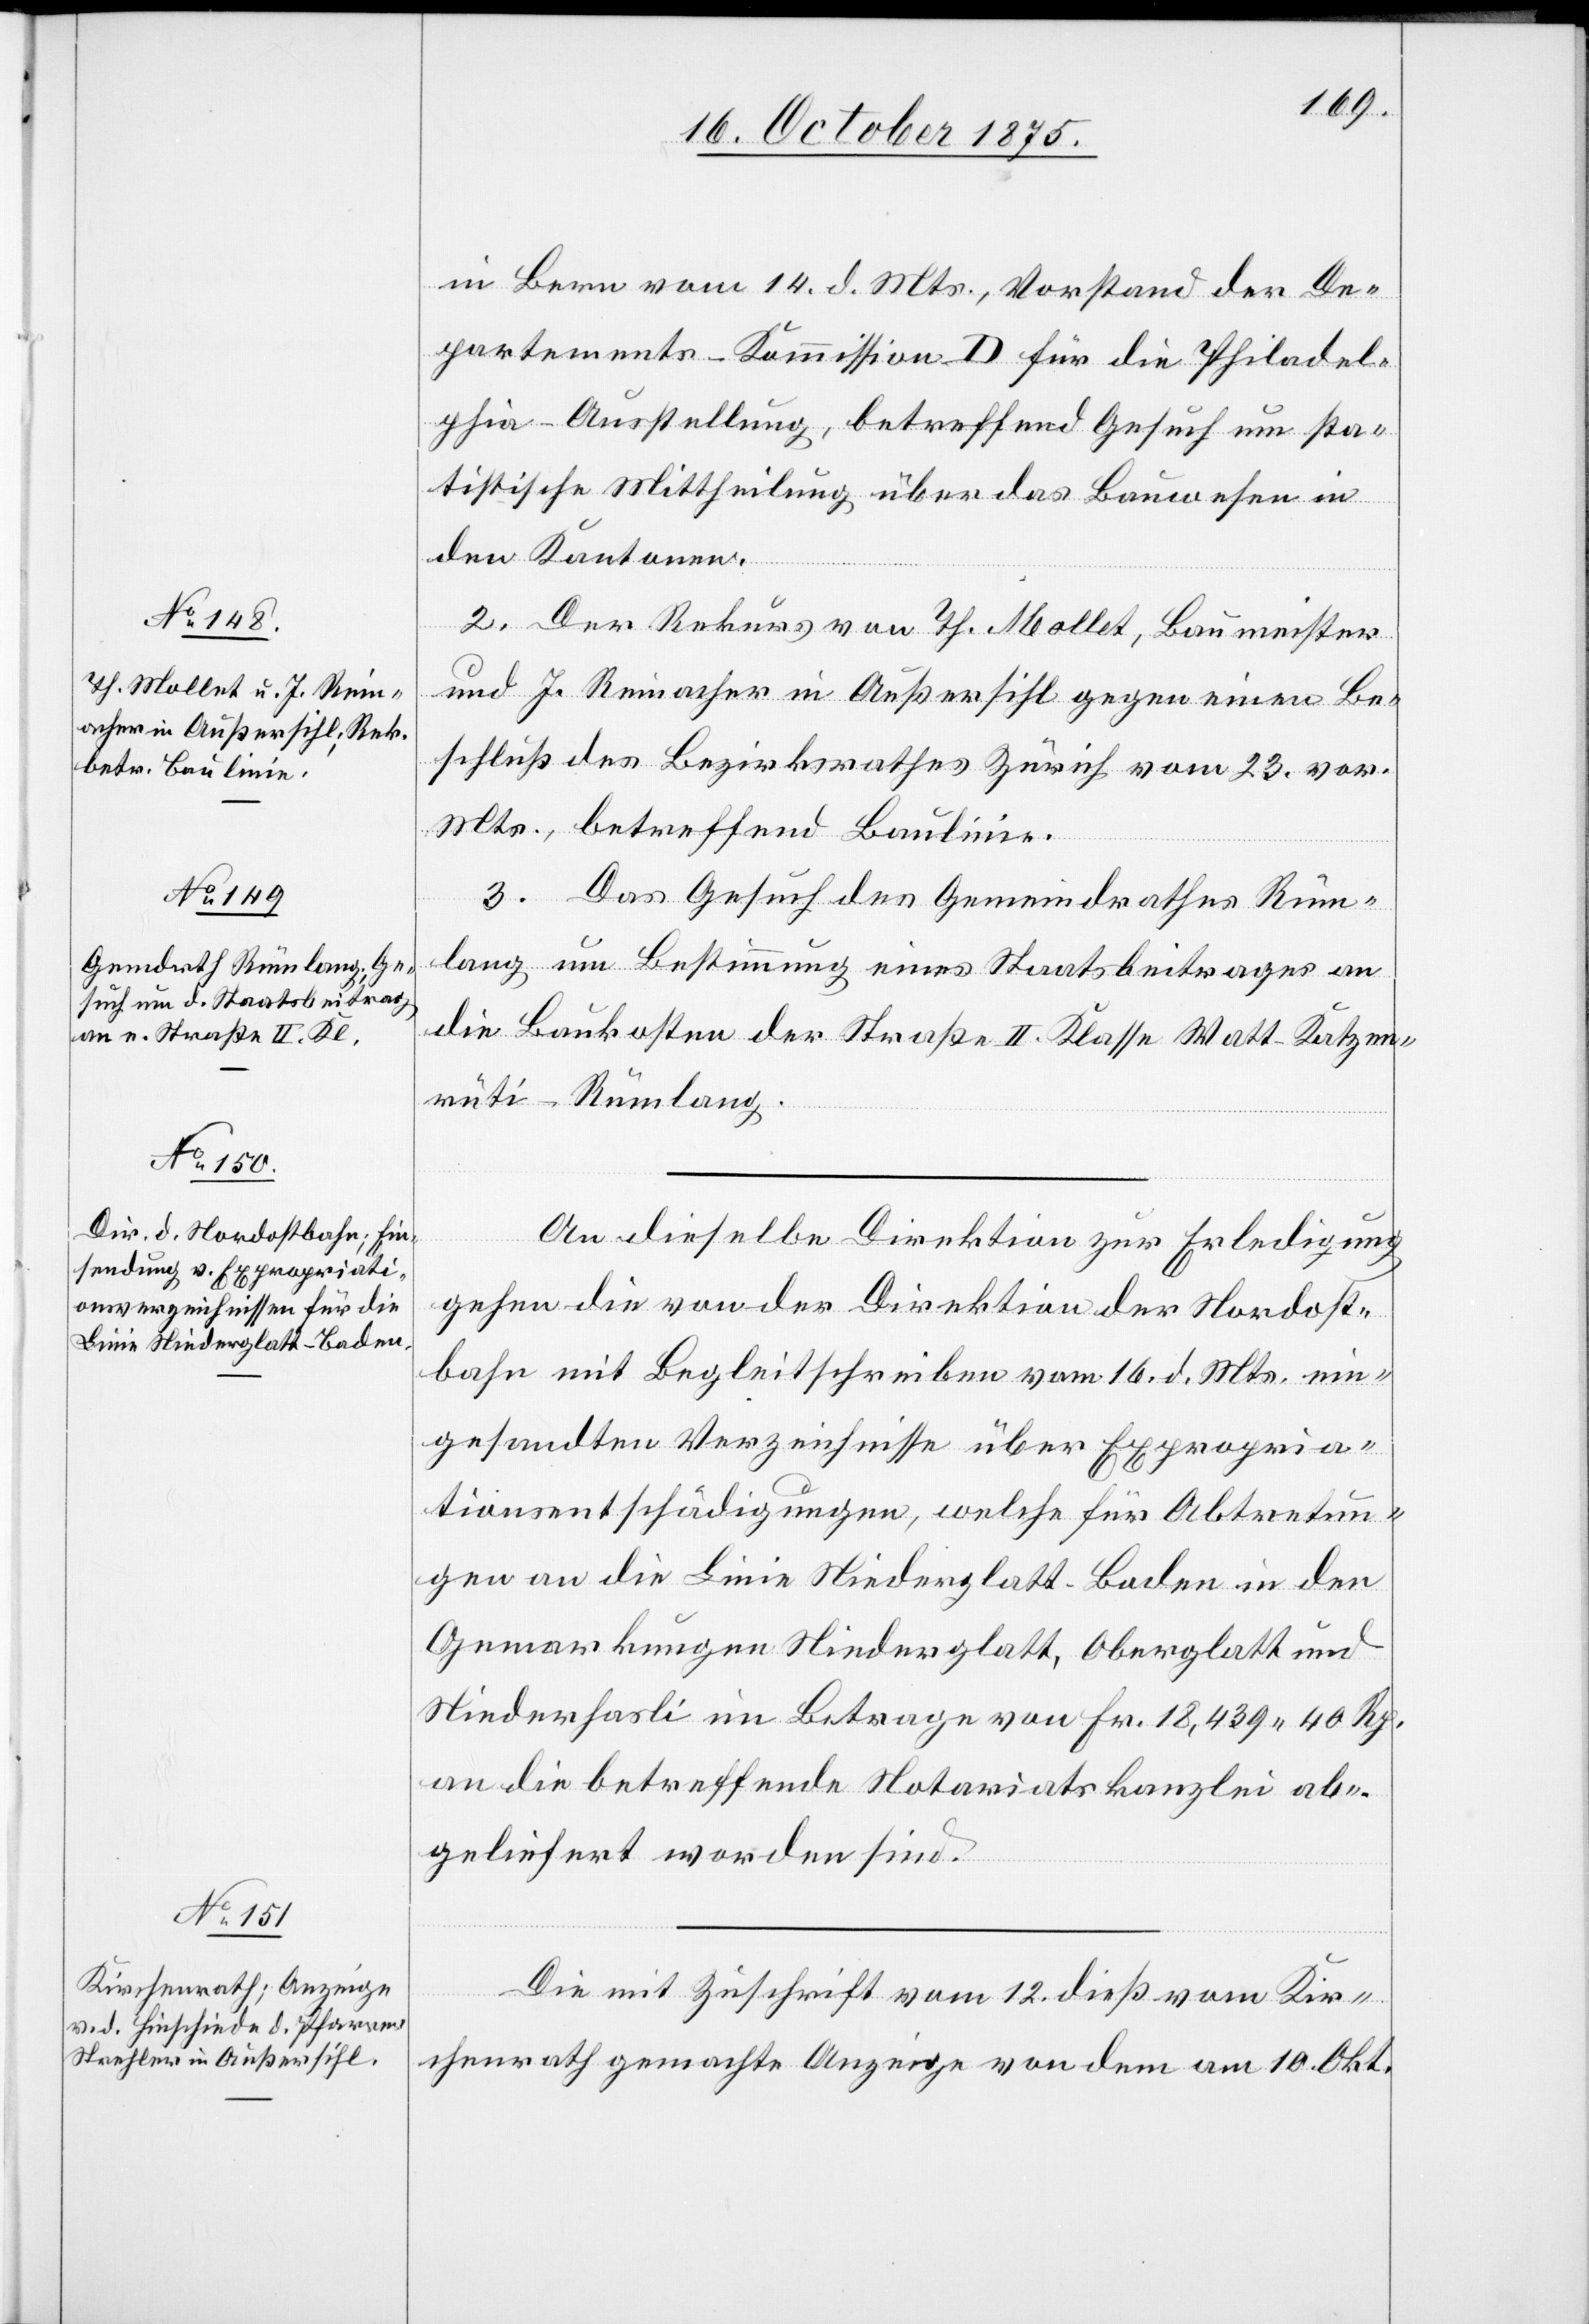
18. October 1875.]
in Bern vom 14. d. Mts., Vorstand der De¬
partements-Kommission D für die Philadel¬
phia-Ausstellung, betreffend Gesuch um sta¬
tistische Mittheilung über das Bauwesen in
den Kantonen.
2. Der Rekurs von Th. Mollet, Baumeister
und J. Reinacher in Außersihl gegen einen Be¬
schluß des Bezirksrathes Zürich vom 23. vor.
Mts., betreffend Baulinie.
3. Das Gesuch des Gemeindrathes Rüm¬
lang um Bestimmung eines Staatsbeitrages an
die Baukosten der Straße II. Klasse Watt–Katzen¬
rüti–Rümlang.
An dieselbe Direktion zur Erledigung
gehen die von der Direktion der Nordost¬
bahn mit Begleitschreiben vom 16. d. Mts. ein¬
gesandten Verzeichnisse über Expropria¬
tionsentschädigungen, welche für Abtretun¬
gen an die Linie Niederglatt–Baden in den
Gemarkungen Niederglatt, Oberglatt und
Niederhasli im Betrage von Fr. 18,439 40 Rp.
an die betreffende Notariatskanzlei ab¬
geliefert worden sind.
Die mit Zuschrift vom 12. dieß vom Kir¬
chenrath gemachte Anzeige von dem am 10. Okt.